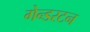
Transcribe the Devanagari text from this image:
गेन्डरटन